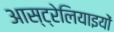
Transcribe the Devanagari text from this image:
आस्ट्रेलियाइयों